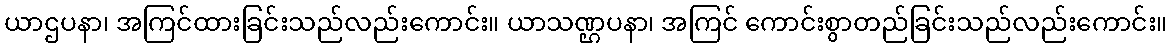
ယာဌပနာ၊ အကြင်ထားခြင်းသည်လည်းကောင်း။ ယာသဏ္ဌပနာ၊ အကြင် ကောင်းစွာတည်ခြင်းသည်လည်းကောင်း။